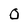
Character: O